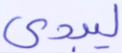
ليبدي